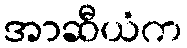
အာဆီယံက